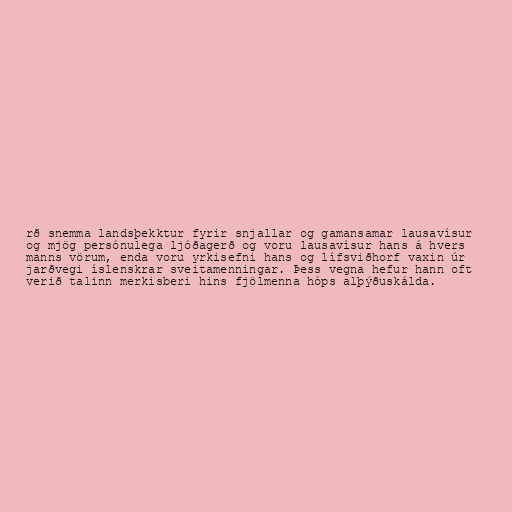
rð snemma landsþekktur fyrir snjallar og gamansamar lausavísur
og mjög persónulega ljóðagerð og voru lausavísur hans á hvers
manns vörum, enda voru yrkisefni hans og lífsviðhorf vaxin úr
jarðvegi íslenskrar sveitamenningar. Þess vegna hefur hann oft
verið talinn merkisberi hins fjölmenna hóps alþýðuskálda.